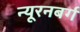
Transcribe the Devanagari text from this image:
न्यूरनबर्ग